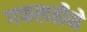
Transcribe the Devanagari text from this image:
गफलतीने